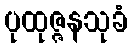
ပုထုဇ္ဇနသုခံ